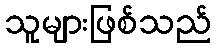
သူများဖြစ်သည်